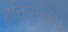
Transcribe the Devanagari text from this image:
शक्तिसंचरित